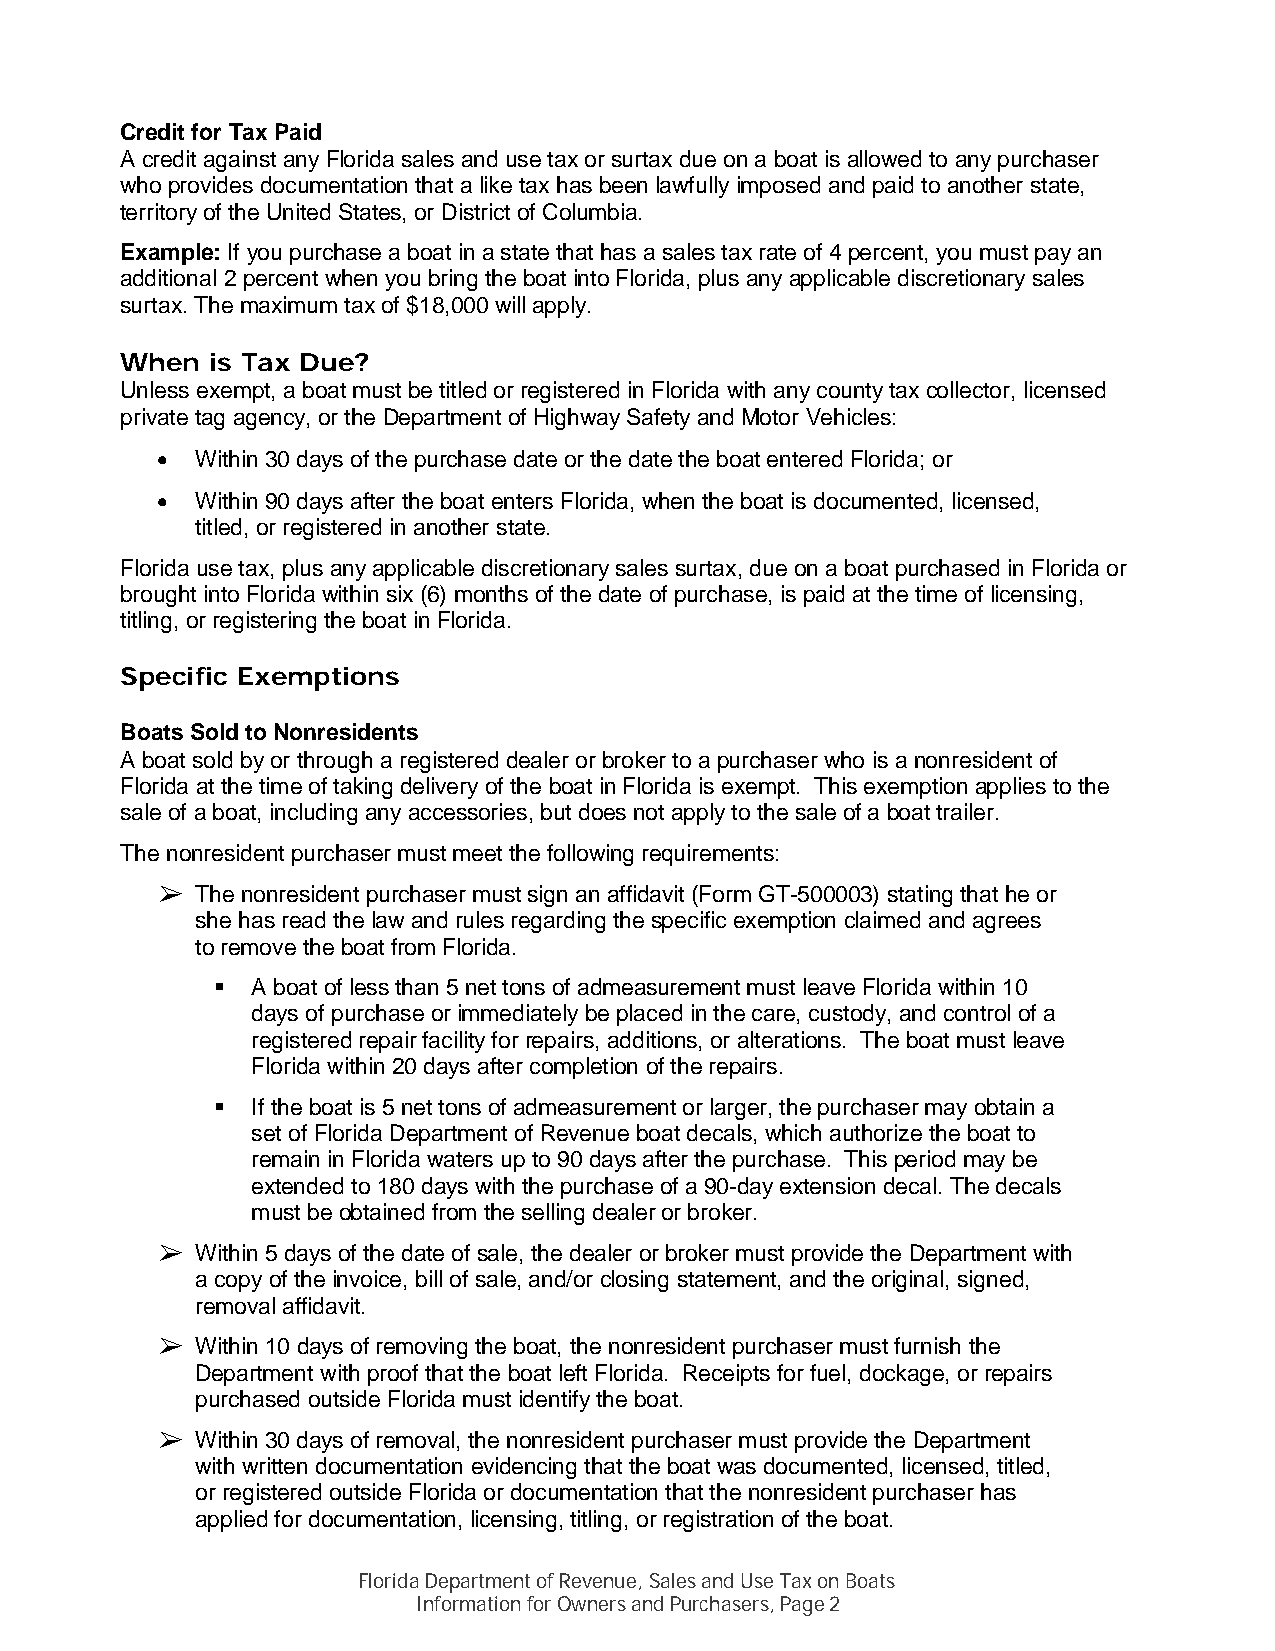
Credit for Tax Paid
 A credit against any Florida sales and use tax or surtax due on a boat is allowed to any purchaser
 who provides documentation that a like tax has been lawfully imposed and paid to another state,
 territory of the United States, or District of Columbia.
 Example: If you purchase a boat in a state that has a sales tax rate of 4 percent, you must pay an
 additional 2 percent when you bring the boat into Florida, plus any applicable discretionary sales
 surtax. The maximum tax of $18,000 will apply.
 When  is Tax Due?
 Unless exempt, a boat must be titled or registered in Florida with any county tax collector, licensed
 private tag agency, or the Department of Highway Safety and Motor Vehicles:
 •  Within 30 days of the purchase date or the date the boat entered Florida; or
 •  Within 90 days after the boat enters Florida, when the boat is documented, licensed,
 titled, or registered in another state.
 Florida use tax, plus any applicable discretionary sales surtax, due on a boat purchased in Florida or
 brought into Florida within six (6) months of the date of purchase, is paid at the time of licensing,
 titling, or registering the boat in Florida.
 Specific Exemptions
 Boats Sold to Nonresidents
 A boat sold by or through a registered dealer or broker to a purchaser who is a nonresident of
 Florida at the time of taking delivery of the boat in Florida is exempt. This exemption applies to the
 sale of a boat, including any accessories, but does not apply to the sale of a boat trailer.
 The nonresident purchaser must meet the following requirements:
   The nonresident purchaser must sign an affidavit (Form GT-500003) stating that he or
 she has read the law and rules regarding the specific exemption claimed and agrees
 to remove the boat from Florida.
   A boat of less than 5 net tons of admeasurement must leave Florida within 10
 days of purchase or immediately be placed in the care, custody, and control of a
 registered repair facility for repairs, additions, or alterations. The boat must leave
 Florida within 20 days after completion of the repairs.
   If the boat is 5 net tons of admeasurement or larger, the purchaser may obtain a
 set of Florida Department of Revenue boat decals, which authorize the boat to
 remain in Florida waters up to 90 days after the purchase. This period may be
 extended to 180 days with the purchase of a 90-day extension decal. The decals
 must be obtained from the selling dealer or broker.
   Within 5 days of the date of sale, the dealer or broker must provide the Department with
 a copy of the invoice, bill of sale, and/or closing statement, and the original, signed,
 removal affidavit.
   Within 10 days of removing the boat, the nonresident purchaser must furnish the
 Department with proof that the boat left Florida. Receipts for fuel, dockage, or repairs
 purchased outside Florida must identify the boat.
   Within 30 days of removal, the nonresident purchaser must provide the Department
 with written documentation evidencing that the boat was documented, licensed, titled,
 or registered outside Florida or documentation that the nonresident purchaser has
 applied for documentation, licensing, titling, or registration of the boat.
 Florida Department of Revenue, Sales and Use Tax on Boats
 Information for Owners and Purchasers, Page 2